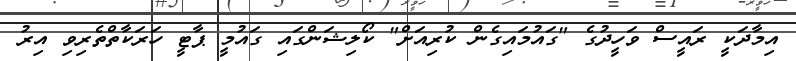
އިމާދަކީ ރައީސް ވަހީދުގެ "ގައުމައިގެން ކުރިއަށް" ކޯލިޝަންގައި ގައުމީ ޕާޓީ ހަރަކާތްތެރިވި އިރު